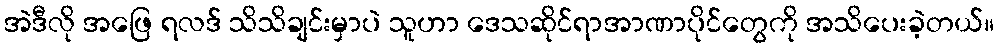
အဲဒီလို အဖြေ ရလဒ် သိသိချင်းမှာပဲ သူဟာ ဒေသဆိုင်ရာအာဏာပိုင်တွေကို အသိပေးခဲ့တယ်။